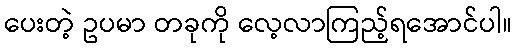
ပေးတဲ့ ဥပမာ တခုကို လေ့လာကြည့်ရအောင်ပါ။